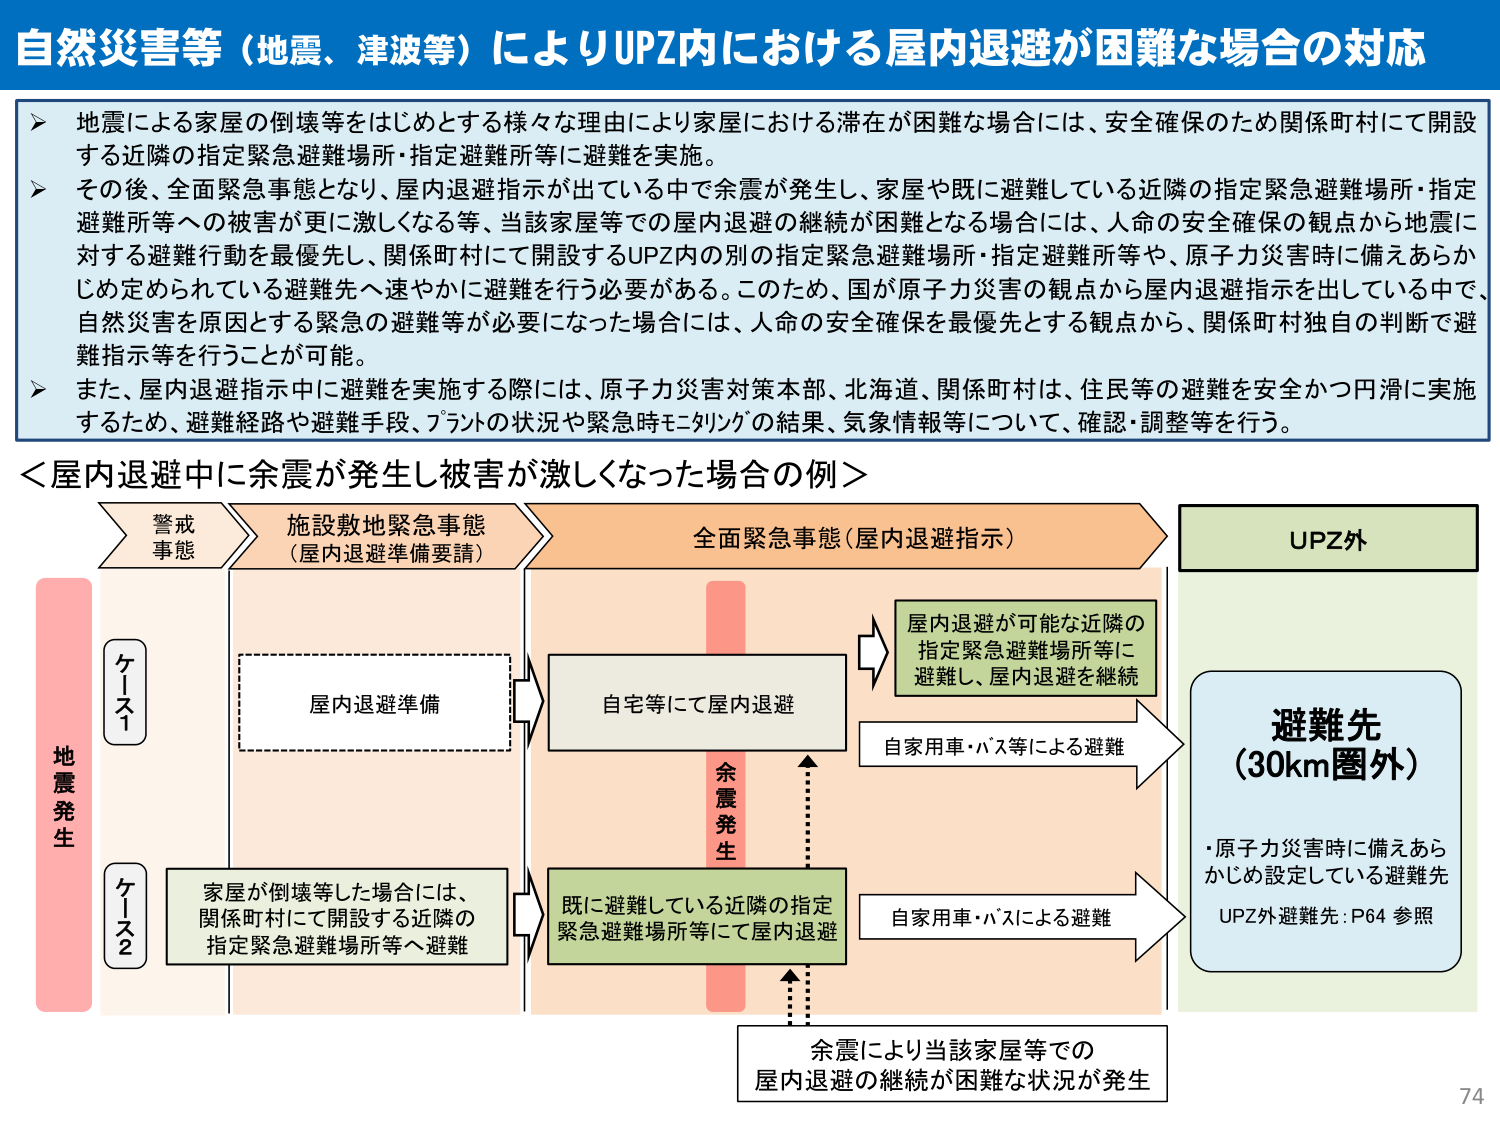
自然災害等（地震、津波等）によりUPZ内における屋内退避が困難な場合の対応

▶ 地震による家屋の倒壊等をはじめとする様々な理由により家屋における滞在が困難な場合には、安全確保のため関係町村にて開設する近隣の指定緊急避難場所・指定避難所等に避難を実施。

▶ その後、全面緊急事態となり、屋内退避指示が出ている中で余震が発生し、家屋や既に避難している近隣の指定緊急避難場所・指定避難所等への被害が更に激しくなる等、当該家屋等での屋内退避の継続が困難となる場合には、人命の安全確保の観点から地震に対する避難行動を最優先し、関係町村にて開設するUPZ内の指定緊急避難場所・指定避難所等や、原子力災害時に備えあらかじめ定められている避難先へ速やかに避難を行う必要がある。このため、国が原子力災害の観点から屋内退避指示を出している中で、自然災害を原因とする緊急の避難等が必要になった場合には、人命の安全確保を最優先とする観点から、関係町村独自の判断で避難指示等を行うことが可能。

▶ また、屋内退避指示中に避難を実施する際には、原子力災害対策本部、北海道、関係町村は、住民等の避難を安全かつ円滑に実施するため、避難経路や避難手段、プラントの状況や緊急時モニタリングの結果、気象情報等について、確認・調整等を行う。

＜屋内退避中に余震が発生し被害が激しくなった場合の例＞

地震発生

ケース1
警戒事態
施設敷地緊急事態（屋内退避準備要請）
屋内退避準備
全面緊急事態（屋内退避指示）
自宅等にて屋内退避
屋内退避が可能な近隣の指定緊急避難場所等に避難し、屋内退避を継続
自家用車・バス等による避難

ケース2
家屋が倒壊等した場合には、関係町村にて開設する近隣の指定緊急避難場所等へ避難
既に避難している近隣の指定緊急避難場所等にて屋内退避
自家用車・バス等による避難

余震発生
余震により当該家屋等での屋内退避の継続が困難な状況が発生

UPZ外
避難先（30km圏外）
・原子力災害時に備えあらかじめ設定している避難先
UPZ外避難先：P64 参照

74